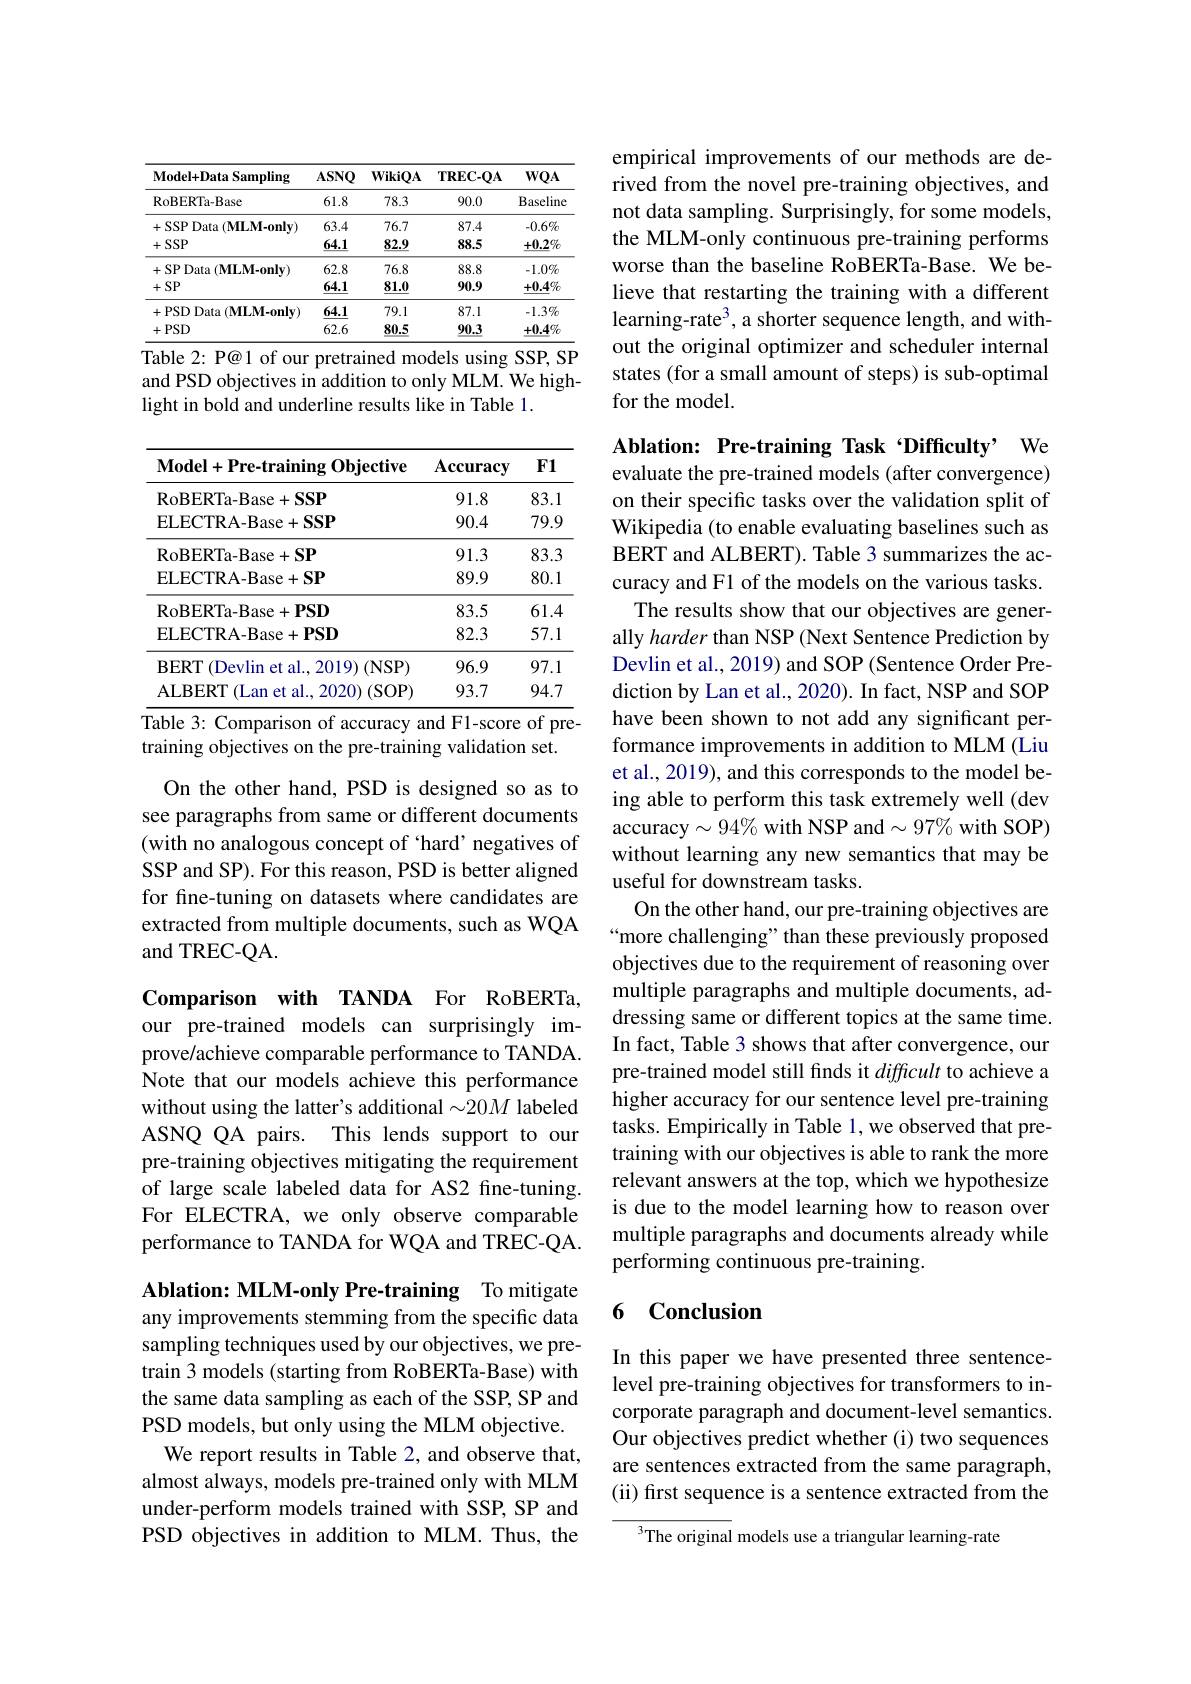
<table>
	<tbody>
		<tr>
			<th>$\mathbf{Model+DataSampling}$</th>
			<th>$ASNQ$</th>
			<th>$\mathbf{WikiQA}$</th>
			<th>$\mathbf{TREC-QA}$</th>
			<th>$WQA$</th>
		</tr>
		<tr>
			<td>${\mathrm{RoBERTa-Base}}$</td>
			<td>61.8</td>
			<td>78.3</td>
			<td>90.0</td>
			<td>Baseline</td>
		</tr>
		<tr>
			<td>+SSP Data (MLM-onlv)</td>
			<td>63.4</td>
			<td>76.7</td>
			<td>87.4</td>
			<td>$-0.6\%$</td>
		</tr>
		<tr>
			<td>+SSP</td>
			<td>$\underline{64.1}$</td>
			<td>$\underline{82.9}$</td>
			<td>88.5</td>
			<td>$+0.2\%$</td>
		</tr>
		<tr>
			<td>+SP Data (MLM-onlv)</td>
			<td>62.8</td>
			<td>76.8</td>
			<td>88.8</td>
			<td>$-1.0\%$</td>
		</tr>
		<tr>
			<td>$+SP$</td>
			<td>$\underline{64.1}$</td>
			<td>$\underline{81.0}$</td>
			<td>90.9</td>
			<td>$+0.4\%$</td>
		</tr>
		<tr>
			<td>+PSD Data (MLM-only)</td>
			<td>64.1</td>
			<td>79.1</td>
			<td>87.1</td>
			<td>$-1.3\%$</td>
		</tr>
		<tr>
			<td>+PSD</td>
			<td>62.6</td>
			<td>80.5</td>
			<td>90.3</td>
			<td>$+0.4\%$</td>
		</tr>
	</tbody>
</table>
Table 2: P@1 of our pretrained models using SSP, SP

and PSD objectives in addition to only MLM. We high-
light in bold and underline results like in Table 1.

<table>
	<tbody>
		<tr>
			<th>$\mathbf{Model}+\mathbf{Pre-trainingObjective}$</th>
			<th>$\mathbf{Accuracy}$</th>
			<th>$F1$</th>
		</tr>
		<tr>
			<td>RoBERTa- Base+SSP</td>
			<td>91.8</td>
			<td>83.1</td>
		</tr>
		<tr>
			<td>ELECTRA- Base$+ \mathbf{SSP}$</td>
			<td>90.4</td>
			<td>79.9</td>
		</tr>
		<tr>
			<td>RoBERTa- Base$+ \mathbf{SP}$</td>
			<td>91.3</td>
			<td>83.3</td>
		</tr>
		<tr>
			<td>ELECTRA- Base+ SP</td>
			<td>89.9</td>
			<td>80.1</td>
		</tr>
		<tr>
			<td>RoBERTa- Base+PSD</td>
			<td>83.5</td>
			<td>61.4</td>
		</tr>
		<tr>
			<td>ELECTRA- Base+ PSD</td>
			<td>82.3</td>
			<td>57.1</td>
		</tr>
		<tr>
			<td>$\mathbf{BERT}$ ( Devlin et al. , 2019) ( NSP) </td>
			<td>96.9</td>
			<td>97.1</td>
		</tr>
		<tr>
			<td>ALBERT ( Lan et al. , 2020) $)\left(\mathrm{SOP}\right)$</td>
			<td>93.7</td>
			<td>94.7</td>
		</tr>
	</tbody>
</table>
Table 3: Comparison of accuracy and F1-score of pre-

training objectives on the pre-training validation set.

On the other hand, PSD is designed so as to see paragraphs from same or different documents (with no analogous concept of `hard' negatives of SSP and SP). For this reason, PSD is better aligned for fine-tuning on datasets where candidates are extracted from multiple documents, such as WQA and TREC-QA.

Comparison with TANDA For RoBERTa, our pre-trained models can surprisingly improve/achieve comparable performance to TANDA. Note that our models achieve this performance without using the latter's additional $\sim20M$ labeled ASNQ QA pairs. This lends support to our pre-training objectives mitigating the requirement of large scale labeled data for AS2 fine-tuning. For ELECTRA, we only observe comparable performance to TANDA for WQA and TREC-QA.

Ablation: MLM-only Pre-training To mitigate any improvements stemming from the specific data sampling techniques used by our objectives, we pretrain 3 models (starting from RoBERTa-Base) with the same data sampling as each of the SSP, SP and PSD models, but only using the MLM objective. We report results in Table 2, and observe that, almost always, models pre-trained only with MLM under-perform models trained with SSP, SP and PSD objectives in addition to MLM. Thus, the

empirical improvements of our methods are derived from the novel pre-training objectives, and not data sampling. Surprisingly, for some models, the MLM-only continuous pre-training performs worse than the baseline RoBERTa-Base. We believe that restarting the training with a different learning-rate$^3$, a shorter sequence length, and without the original optimizer and scheduler internal states (for a small amount of steps) is sub-optimal for the model.

Ablation: Pre-training Task $\textbf{Difficulty’ We}$ evaluate the pre-trained models (after convergence) on their specific tasks over the validation split of Wikipedia (to enable evaluating baselines such as BERT and ALBERT). Table 3 summarizes the accuracy and F1 of the models on the various tasks. The results show that our objectives are gener-
ally harder than NSP (Next Sentence Prediction by Devlin et al., 2019) and SOP (Sentence Order Prediction by Lan et al., 2020). In fact, NSP and SOP have been shown to not add any significant performance improvements in addition to MLM (Liu et al., 2019), and this corresponds to the model being able to perform this task extremely well (dev accuracy$\sim94\%$ with NSP and$\sim97\%$ with SOP) without learning any new semantics that may be useful for downstream tasks.
On the other hand, our pre-training objectives are “more challenging" than these previously proposed objectives due to the requirement of reasoning over multiple paragraphs and multiple documents, addressing same or different topics at the same time. In fact, Table 3 shows that after convergence, our pre-trained model still finds it difficult to achieve a higher accuracy for our sentence level pre-training tasks. Empirically in Table 1, we observed that pretraining with our objectives is able to rank the more relevant answers at the top, which we hypothesize is due to the model learning how to reason over multiple paragraphs and documents already while performing continuous pre-training.

### 6 Conclusion

In this paper we have presented three sentencelevel pre-training objectives for transformers to incorporate paragraph and document-level semantics. Our objectives predict whether (i) two sequences are sentences extracted from the same paragraph, (ii) first sequence is a sentence extracted from the

The original models use a triangular learning-rate